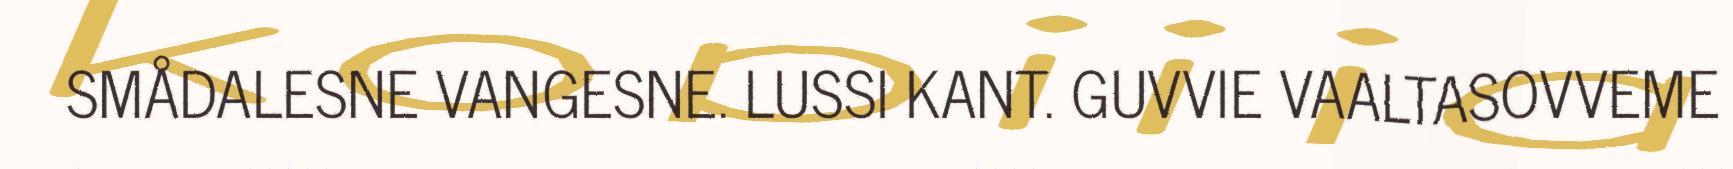
SMÅDALESNE VANGESNE. LUSSI KANT. GUVVIE VAALTASOVVEME